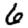
Digit: 6